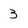
Character: 3